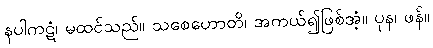
နပါကဋံ၊ မထင်သည်။ သစေဟောတိ၊ အကယ်၍ဖြစ်အံ့။ ပုန၊ ဖန်။